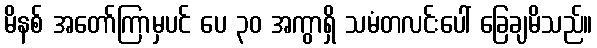
မိနစ် အတော်ကြာမှပင် ပေ ၃၀ အကွာရှိ သမံတလင်းပေါ် ခြေချမိသည်။